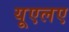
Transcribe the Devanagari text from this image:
यूएलए